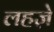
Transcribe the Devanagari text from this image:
लहजे़